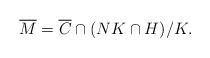
\begin{align*}\overline{M} = \overline{C} \cap (NK \cap H)/K.\end{align*}